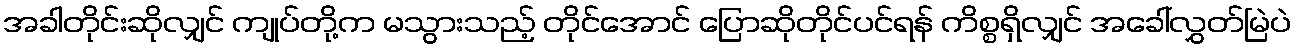
အခါတိုင်းဆိုလျှင် ကျုပ်တို့က မသွားသည့် တိုင်အောင် ပြောဆိုတိုင်ပင်ရန် ကိစ္စရှိလျှင် အခေါ်လွှတ်မြဲပဲ